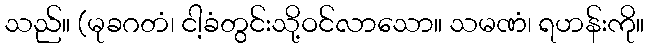
သည်။ (မုခဂတံ၊ ငါ့ခံတွင်းသို့ဝင်လာသော။ သမဏံ၊ ရဟန်းကို။